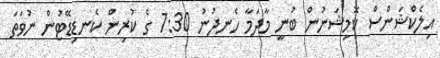
އިލެކްޝަންސް ކޮމިޝަނުން ބުނީ މާދަމާ ހެނދުނު 7:30 ގެ ކުރިން ކެނޑިޑޭޓުން ނުވަތަ